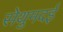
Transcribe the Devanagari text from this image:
सेथुमदई